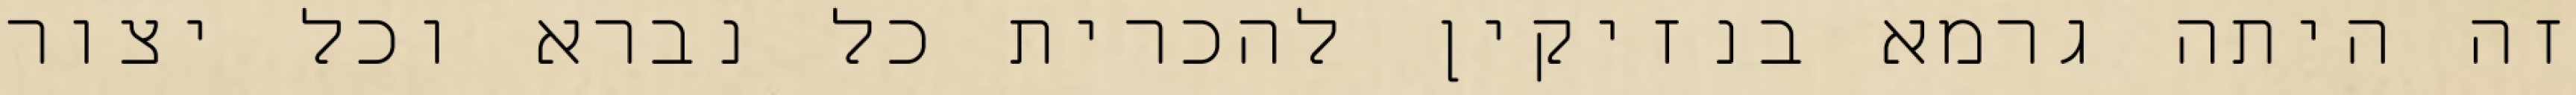
זה היתה גרמא בנזיקין להכרית כל נברא וכל יצור